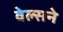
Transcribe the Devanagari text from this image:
वेल्सने